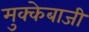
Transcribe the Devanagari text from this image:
मुक्‍केबाजी